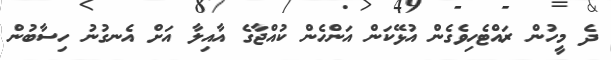
ދެ މީހުން ރައްޓެހިވެގެން އުޅޭކަން އަންހެން ކުއްޖާގެ އާއިލާ އަށް އެނގުނު ހިސާބުން